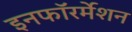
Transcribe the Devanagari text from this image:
इनफॉरर्मेशन